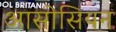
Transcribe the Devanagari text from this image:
आसोसियन